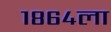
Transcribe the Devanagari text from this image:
१८६४ला